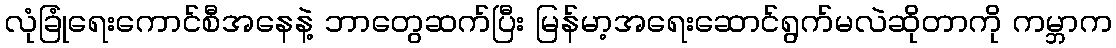
လုံခြုံရေးကောင်စီအနေနဲ့ ဘာတွေဆက်ပြီး မြန်မာ့အရေးဆောင်ရွက်မလဲဆိုတာကို ကမ္ဘာက